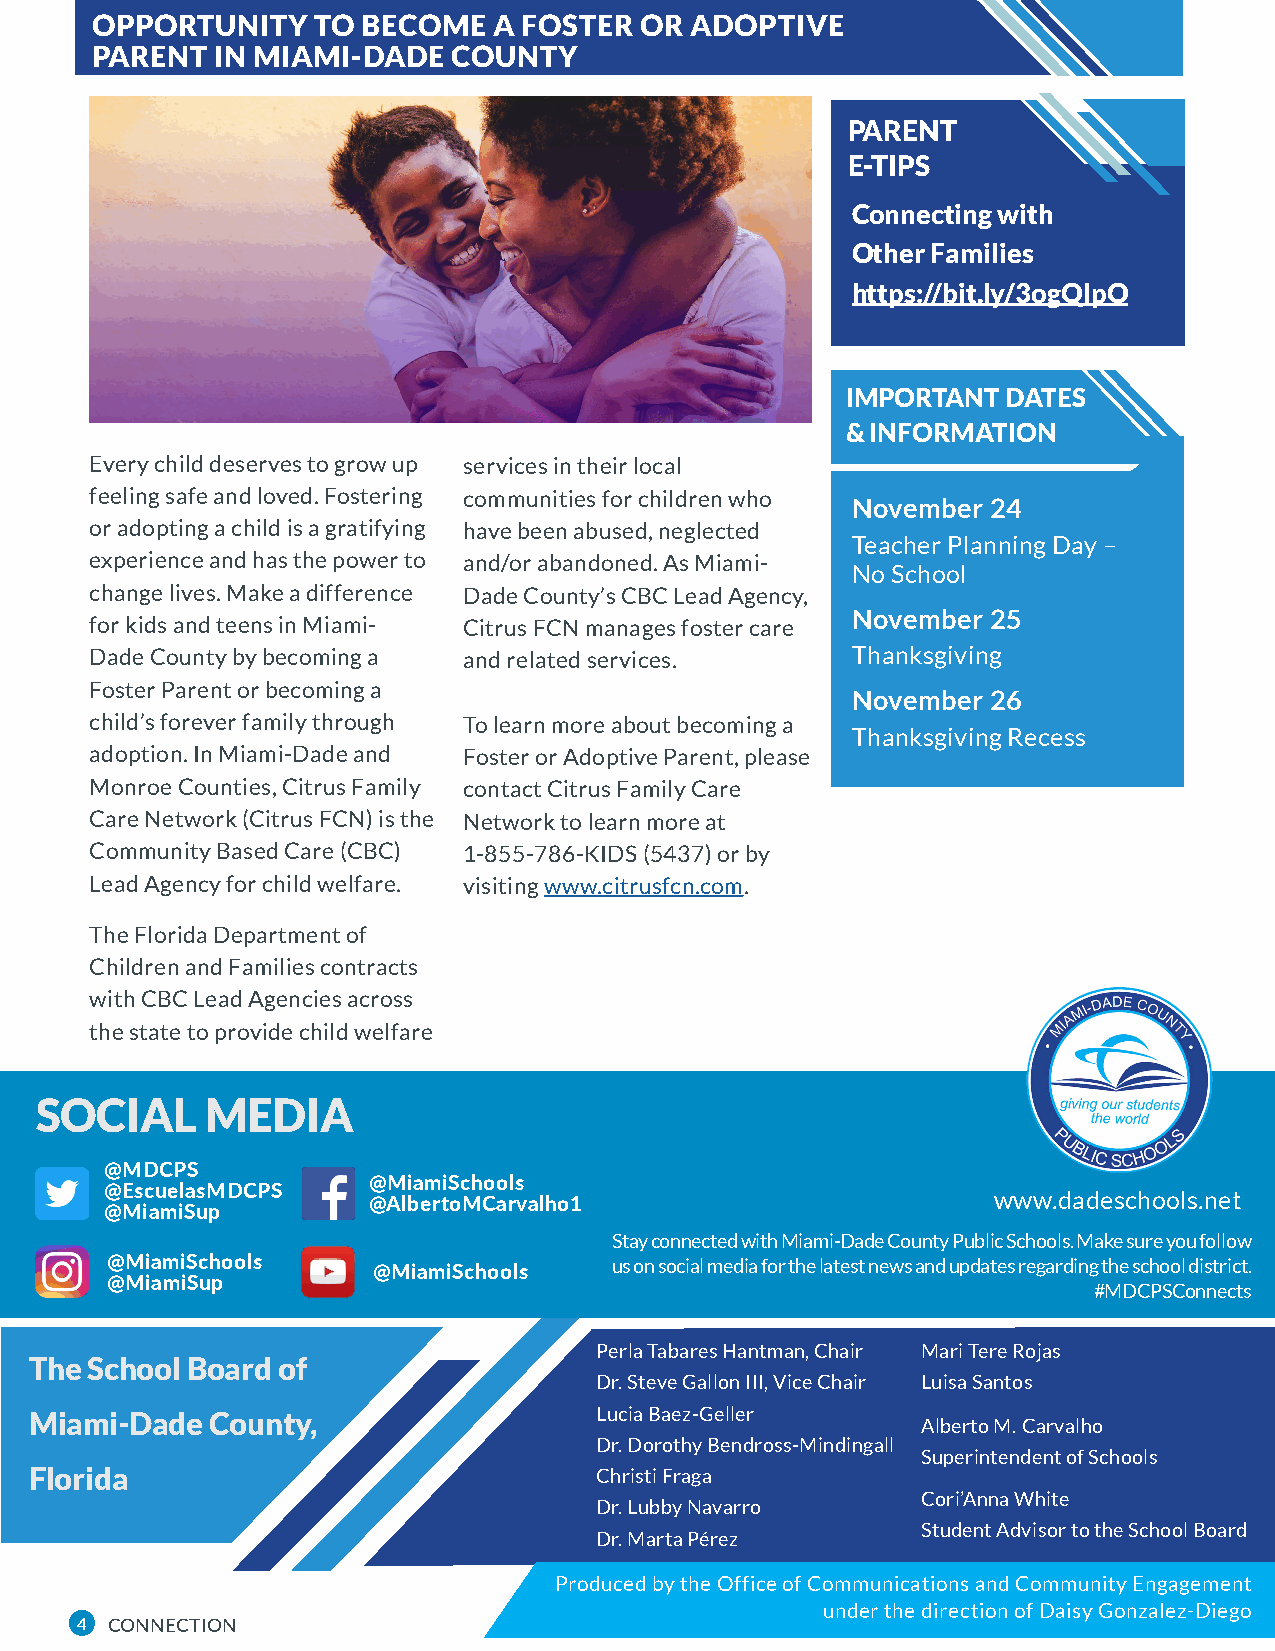
OPPORTUNITY    TO BECOME   A FOSTER OR  ADOPTIVE
 PARENT  IN MIAMI-DADE   COUNTY
 PARENT
 E-TIPS
 Connecting with
 Other Families
 https://bit.ly/3ogQlpO
 IMPORTANT  DATES
 & INFORMATION
 Every child deserves to grow up services in their local
 feeling safe and loved. Fostering communities for children who
 November  24
 or adopting a child is a gratifying have been abused, neglected
 Teacher Planning Day –
 experience and has the power to and/or abandoned. As Miami-
 No School
 change lives. Make a difference Dade County’s CBC Lead Agency,
 November  25
 for kids and teens in Miami- Citrus FCN manages foster care
 Dade County by becoming a and related services.   Thanksgiving
 Foster Parent or becoming a
 November  26
 child’s forever family through To learn more about becoming a
 Thanksgiving Recess
 adoption. In Miami-Dade and Foster or Adoptive Parent, please
 Monroe Counties, Citrus Family contact Citrus Family Care
 Care Network (Citrus FCN) is the Network to learn more at
 Community Based Care (CBC) 1-855-786-KIDS (5437) or by
 Lead Agency for child welfare. visiting www.citrusfcn.com.
 The Florida Department of
 Children and Families contracts
 with CBC Lead Agencies across
 the state to provide child welfare
 SOCIAL      MEDIA
 @MDCPS
 @MiamiSchools
 @EscuelasMDCPS                                             www.dadeschools.net
 @AlbertoMCarvalho1
 @MiamiSup
 4 IT’S MY OWN RESUME/ Page Tittle Here Stay connected with Miami-Dade County Public Schools. Make sure you follow
 @MiamiSchools                     us on social media for the latest news and updates regarding the school district.
 @MiamiSchools
 @MiamiSup
 #MDCPSConnects
 Perla Tabares Hantman, Chair Mari Tere Rojas
 The School Board of
 Dr. Steve Gallon III, Vice Chair Luisa Santos
 Miami-Dade  County,                  Lucia Baez-Geller
 Alberto M. Carvalho
 Dr. Dorothy Bendross-Mindingall
 Superintendent of Schools
 Florida                              Christi Fraga
 Cori’Anna White
 Dr. Lubby Navarro
 Student Advisor to the School Board
 Dr. Marta Pérez
 Produced by the Office of Communications and Community Engagement
 under the direction of Daisy Gonzalez-Diego
 4 CONNECTION